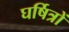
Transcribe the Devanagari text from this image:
घर्षित्रों